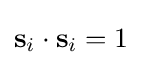
\mathbf {s} _{i}\cdot \mathbf {s} _{i}=1